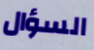
السؤال